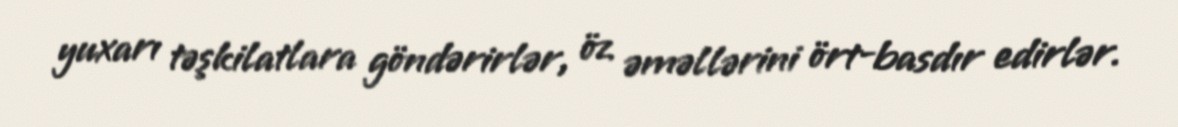
yuxarı təşkilatlara göndərirlər, öz əməllərini ört-basdır edirlər.